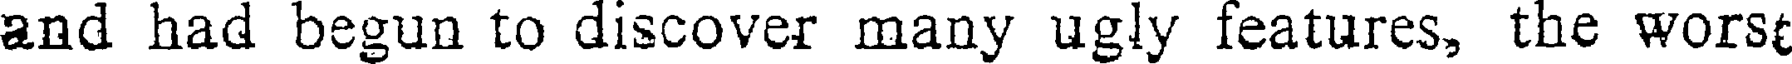
and had begun to discover many ugly features, the worst